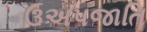
ઉઅપજાતિ